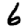
Digit: 6